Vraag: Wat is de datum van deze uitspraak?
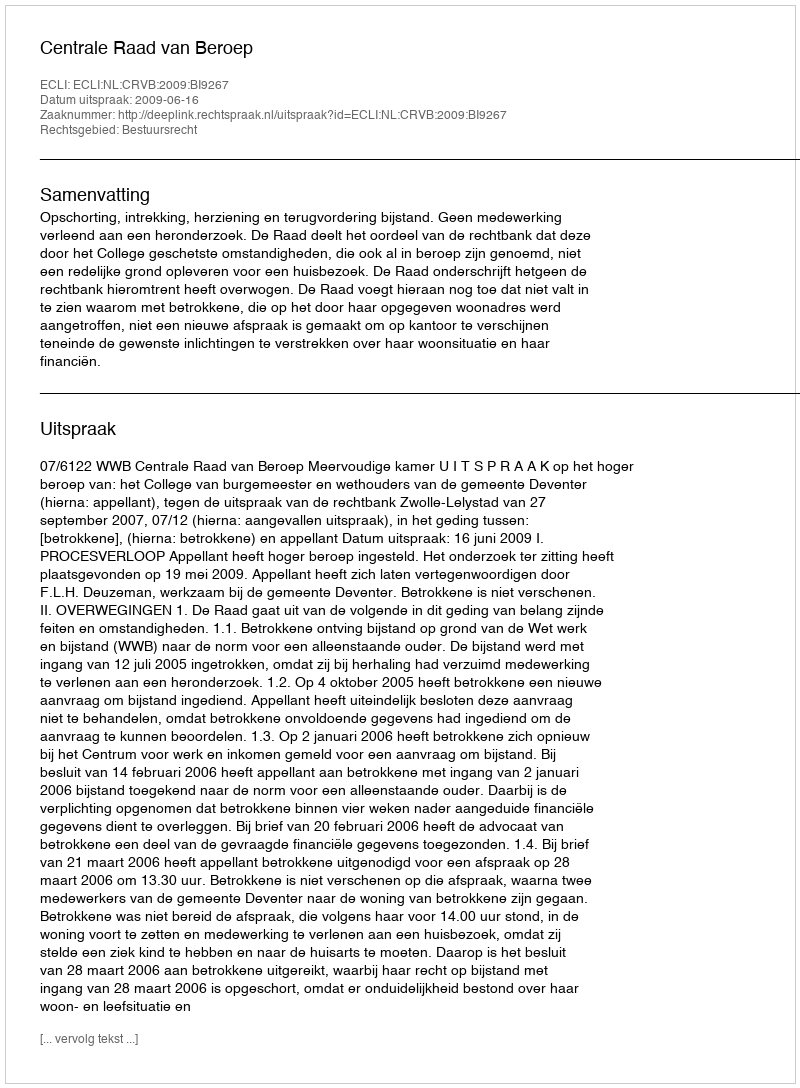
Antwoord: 2009-06-16